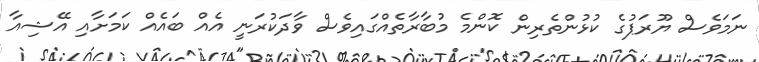
ނަމަވެސް ޔޫރަޕުގެ ކުޅުންތެރިން ކޮންމެ މުބާރާތެއްގައިވެސް ވާދަކުރަނީ އެއް ބައެއް ކަމަށާއި އޭޝިއާ